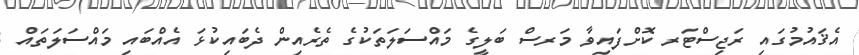
އެޤައުމުގައި ރަޖިސްޓަރ ކޮށްފައިވާ މަރސް ބަލީގެ މައްސަލަތަކުގެ ތެރެއިން ދެބައިކުޅަ އެއްބައި މައްސަލަތައް